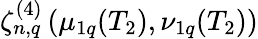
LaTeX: \zeta_{n,q}^{(4)}\left(\mu_{1q}(T_{2}),\nu_{1q}(T_{2})\right)